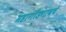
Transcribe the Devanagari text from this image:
महागोंडगावचे